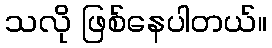
သလို ဖြစ်နေပါတယ်။